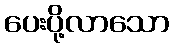
ပေးပို့လာသော